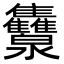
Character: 𭳾